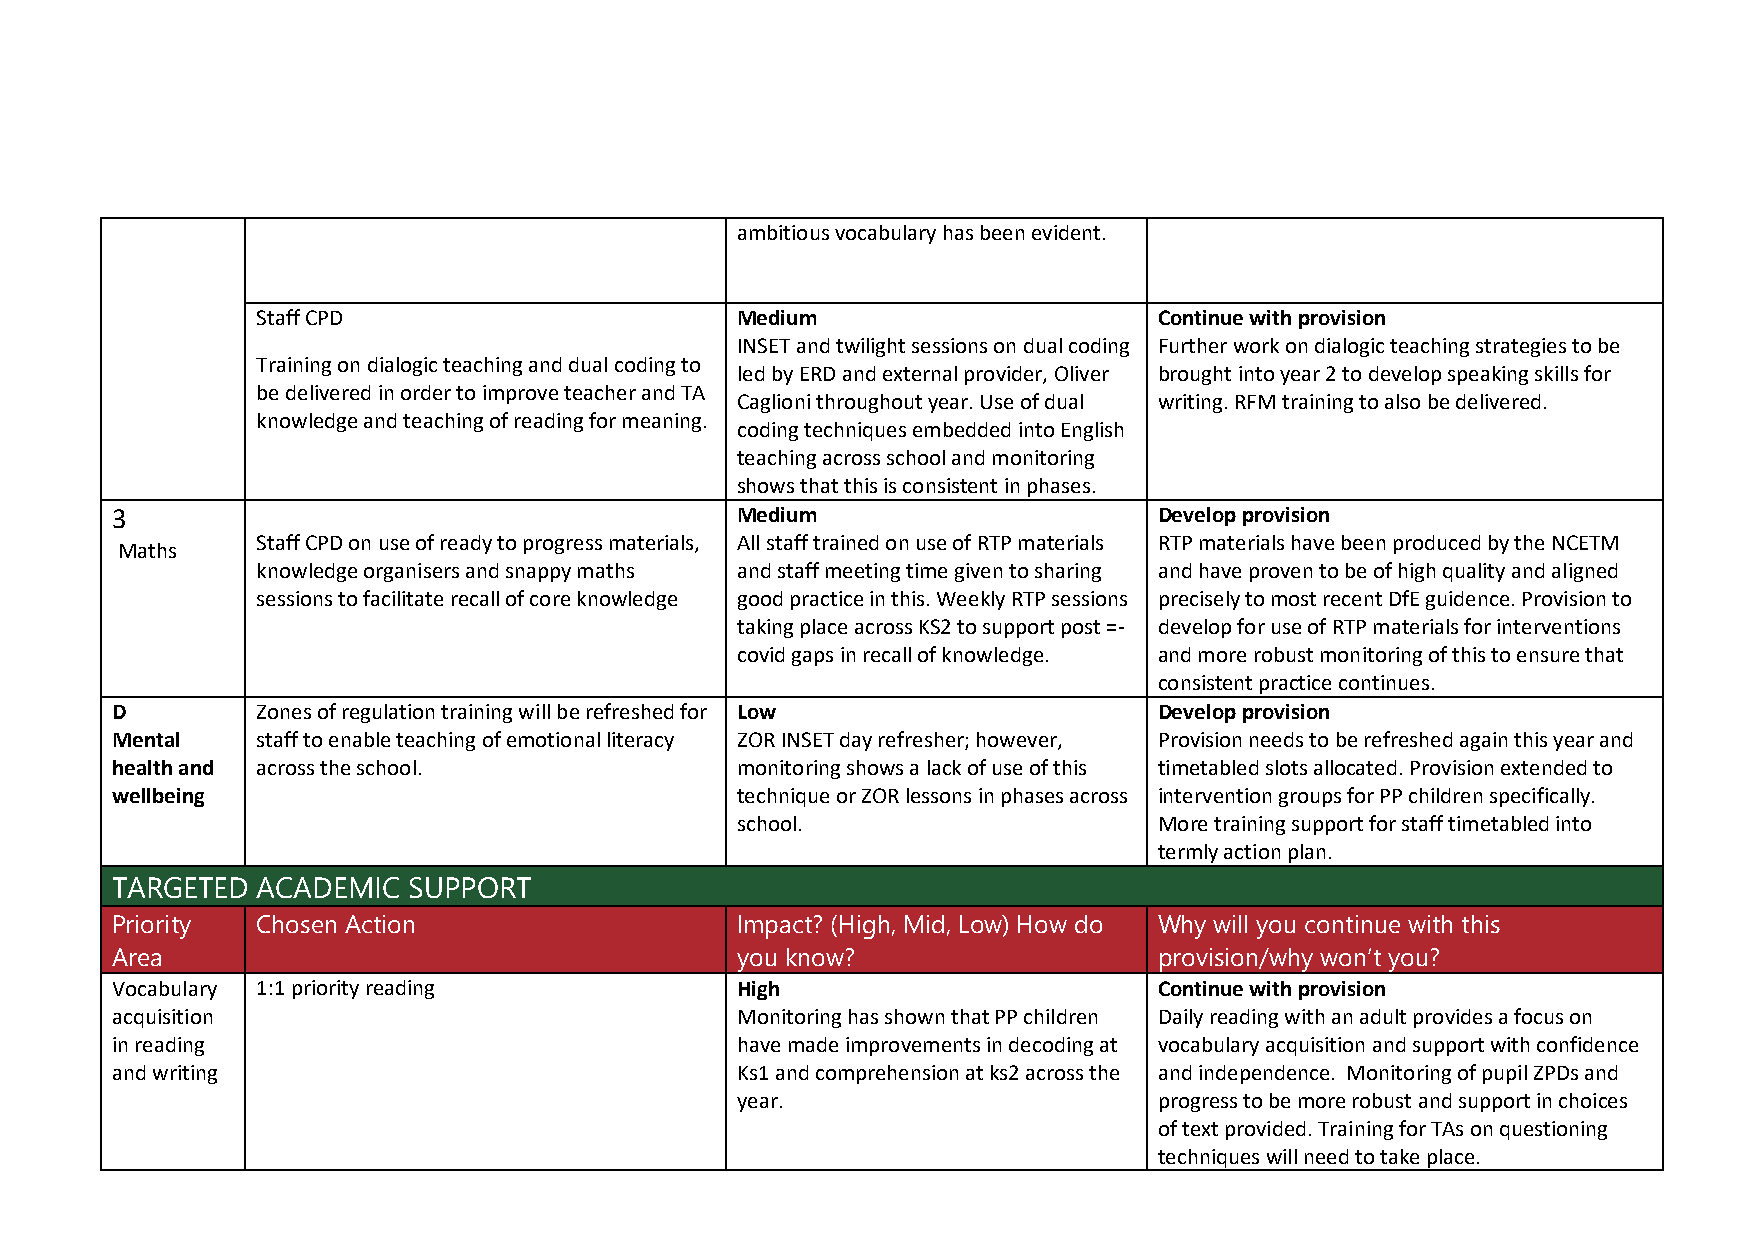
ambitious vocabulary has been evident.
 Staff CPD                       Medium                      Continue with provision
 INSET and twilight sessions on dual coding Further work on dialogic teaching strategies to be
 Training on dialogic teaching and dual coding to
 led by ERD and external provider, Oliver brought into year 2 to develop speaking skills for
 be delivered in order to improve teacher and TA
 Caglioni throughout year. Use of dual writing. RFM training to also be delivered.
 knowledge and teaching of reading for meaning.
 coding techniques embedded into English
 teaching across school and monitoring
 shows that this is consistent in phases.
 3                                         Medium                      Develop provision
 Staff CPD on use of ready to progress materials, All staff trained on use of RTP materials RTP materials have been produced by the NCETM
 Maths
 knowledge organisers and snappy maths and staff meeting time given to sharing and have proven to be of high quality and aligned
 sessions to facilitate recall of core knowledge good practice in this. Weekly RTP sessions precisely to most recent DfE guidence. Provision to
 taking place across KS2 to support post =- develop for use of RTP materials for interventions
 covid gaps in recall of knowledge. and more robust monitoring of this to ensure that
 consistent practice continues.
 D         Zones of regulation training will be refreshed for Low      Develop provision
 Mental    staff to enable teaching of emotional literacy ZOR INSET day refresher; however, Provision needs to be refreshed again this year and
 health and across the school.             monitoring shows a lack of use of this timetabled slots allocated. Provision extended to
 wellbeing                                 technique or ZOR lessons in phases across intervention groups for PP children specifically.
 school.                     More training support for staff timetabled into
 termly action plan.
 TARGETED  ACADEMIC  SUPPORT
 Priority  Chosen Action                   Impact? (High, Mid, Low) How do Why will you continue with this
 Area                                      you know?                   provision/why won’t you?
 Vocabulary 1:1 priority reading           High                        Continue with provision
 acquisition                               Monitoring has shown that PP children Daily reading with an adult provides a focus on
 in reading                                have made improvements in decoding at vocabulary acquisition and support with confidence
 and writing                               Ks1 and comprehension at ks2 across the and independence. Monitoring of pupil ZPDs and
 year.                       progress to be more robust and support in choices
 of text provided. Training for TAs on questioning
 techniques will need to take place.